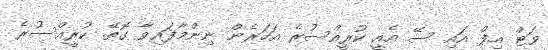
ވަޓް އިފް އައި ސޭ އެއީ ކުރީއްސުރެ އަހަރެން ނިންމާފައިވާ ގޮތޭ. ކުރީއްސުރެ